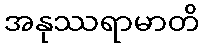
အနုဿရာမာတိ